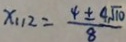
x _ { 1 1 2 } = \frac { 4 \pm 4 \sqrt { 1 0 } } { 8 }